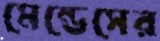
মেন্ডেসের